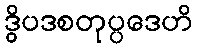
ဒွိပဒစတုပ္ပဒေဟိ